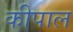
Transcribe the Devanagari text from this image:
कीपाल